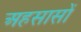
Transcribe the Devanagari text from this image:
अहसासों